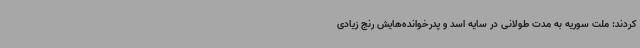
کردند: ملت سوریه به مدت طولانی در سایه اسد و پدرخوانده‌هایش رنج زیادی